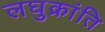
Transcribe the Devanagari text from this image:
लघुक्रांति